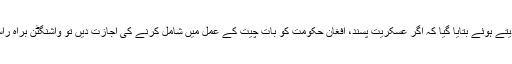
رپورٹ میں امریکی حکام کے حالیہ بیانات کا حوالہ دیتے ہوئے بتایا گیا کہ اگر عسکریت پسند، افغان حکومت کو بات چیت کے عمل میں شامل کرنے کی اجازت دیں تو واشنگٹن براہِ راست افغان طالبان کے ساتھ مذاکرات کے لیے تیار ہے۔